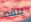
ينقط